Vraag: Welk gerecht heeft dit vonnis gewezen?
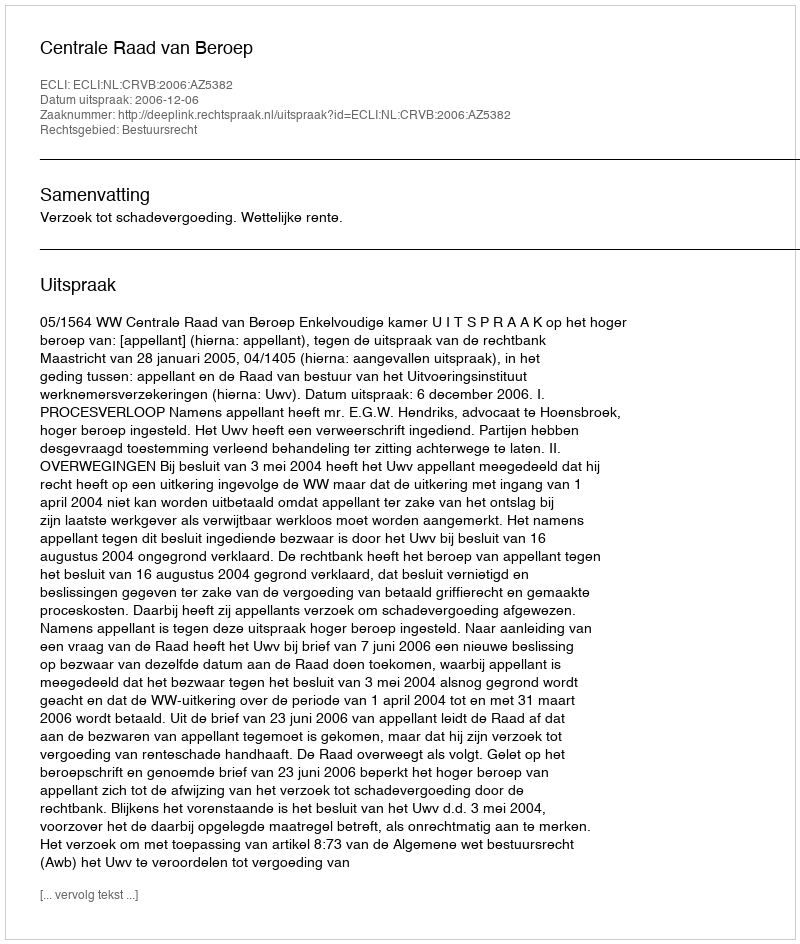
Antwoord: Centrale Raad van Beroep